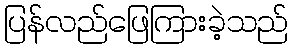
ပြန်လည်ဖြေကြားခဲ့သည်